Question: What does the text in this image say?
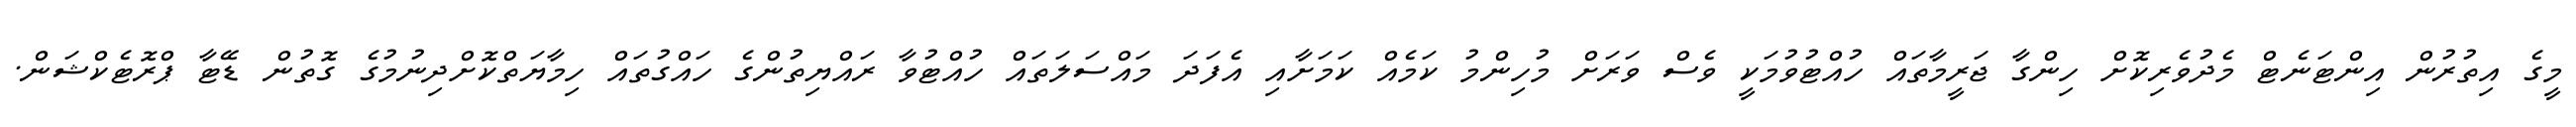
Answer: މީގެ އިތުރުން އިންޓަނެޓް މެދުވެރިކޮށް ހިންގާ ޖަރީމާތައް ހުއްޓުވުމަކީ ވެސް ވަރަށް މުހިންމު ކަމެއް ކަމަށާއި އެފަދަ މައްސަލަތައް ހުއްޓުވާ ރައްޔިތުންގެ ހައްގުތައް ހިމާޔަތްކޮށްދިނުމުގެ ގޮތުން ޑޭޓާ ޕްރޮޓެކްޝަން.